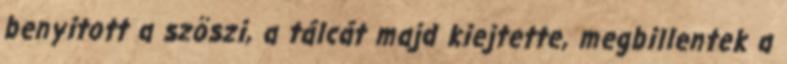
benyitott a szöszi, a tálcát majd kiejtette, megbillentek a